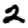
Digit: 2